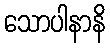
သောပါနာနိ